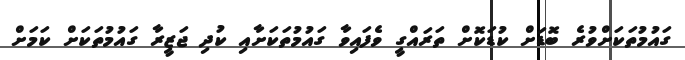
ގައުމުތަކަށްވުރެ ބޮޑަށް ކުޑަކޮށް ތަރައްގީ ވެފައިވާ ގައުމުތަކަށާއި ކުދި ޖަޒީރާ ގައުމުތަކަށް ކަމަށް